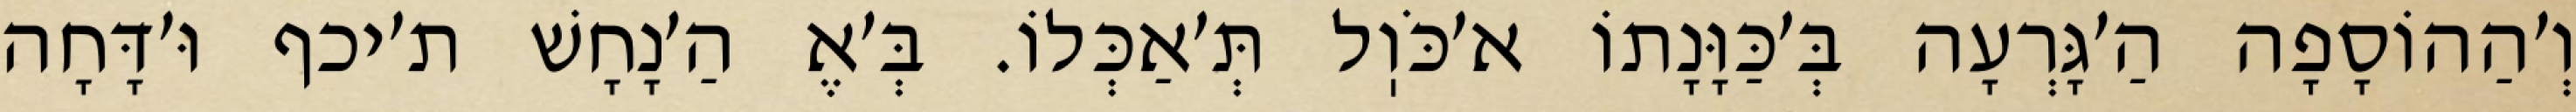
וְ׳הַהוֹסָפָה הַ׳גָּרְעָה בְּ׳כַּוָּנָתוֹ א׳כֹּוֽל תְּ׳אַכְּלוֹ. בְּ׳אֶ הַ׳נָחָשׁ ת׳יכף וּ׳דָּחָה